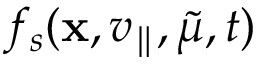
f _ { s } ( \mathbf { x } , v _ { \parallel } , \tilde { \mu } , t )